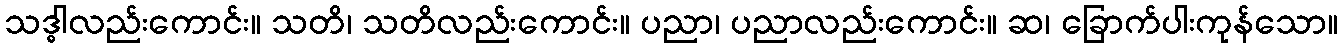
သဒ္ဓါလည်းကောင်း။ သတိ၊ သတိလည်းကောင်း။ ပညာ၊ ပညာလည်းကောင်း။ ဆ၊ ခြောက်ပါးကုန်သော။